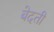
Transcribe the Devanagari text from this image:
बेदती